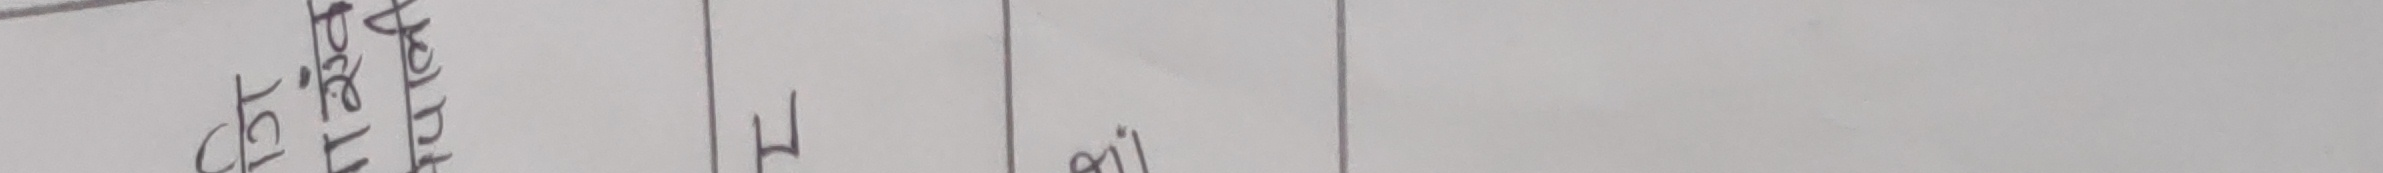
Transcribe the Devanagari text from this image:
पुट्ठा
हूँ
2il